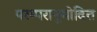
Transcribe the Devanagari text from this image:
परम्परानुमोदित